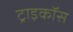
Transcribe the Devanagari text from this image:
ट्राइकॉस